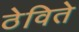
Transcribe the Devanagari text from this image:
ठेविते